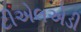
ટીએલએડી